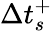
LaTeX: \Delta t_{s}^{+}